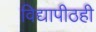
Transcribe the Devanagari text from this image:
विद्यापीठही